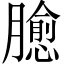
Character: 𱢻